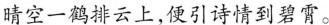
晴空一鹤排云上，便引诗情到碧霄。